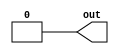
// https://hdlbits.01xz.net/wiki/Exams/m2014_q4i

module top_module (
    output out);

    assign out = 1'b0;
endmodule